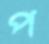
প